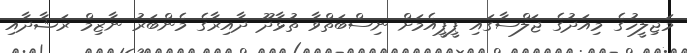
މަޖިލީހުގެ މިއަދުގެ ޖަލްސާގައި ޕީޕީއެމަށް ނިސްބަތްވާ ތުޅާދޫ ދާއިރާގެ މެންބަރު ނާޒިމް ރަޝާދާއި